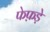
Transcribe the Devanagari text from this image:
फेफ़ड़े